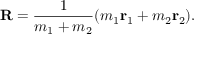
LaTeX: \mathbf { R } = { \frac { 1 } { m _ { 1 } + m _ { 2 } } } ( m _ { 1 } \mathbf { r } _ { 1 } + m _ { 2 } \mathbf { r } _ { 2 } ) .